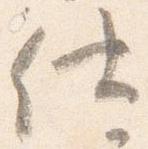
仕